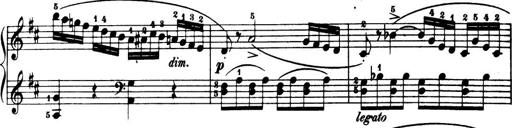
Title: 32 Sonatinas and Rondos for the Piano
Composer: Richard Kleinmichel